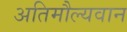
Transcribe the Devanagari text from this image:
अतिमौल्यवान